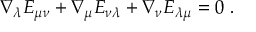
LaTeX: \nabla _ { \lambda } E _ { \mu \nu } + \nabla _ { \mu } E _ { \nu \lambda } + \nabla _ { \nu } E _ { \lambda \mu } = 0 \; .